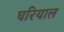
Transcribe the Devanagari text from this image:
घरियाल